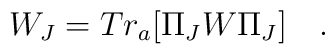
W_J = Tr_a [\Pi_J W \Pi_J]  \quad .